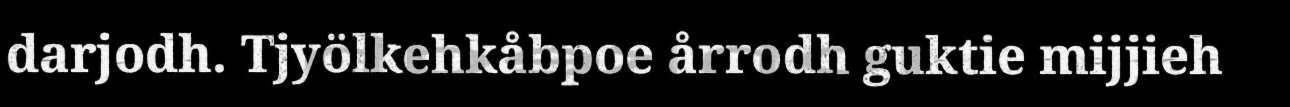
darjodh. Tjyölkehkåbpoe årrodh guktie mijjieh